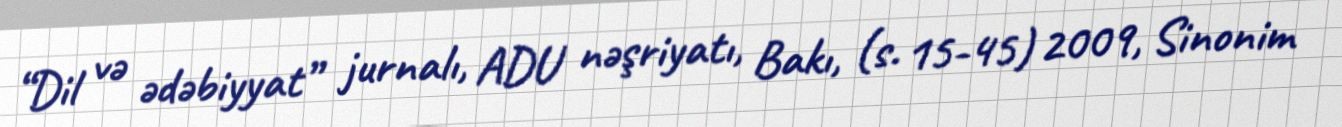
“Dil və ədəbiyyat” jurnalı, ADU nəşriyatı, Bakı, (s. 15-45) 2009, Sinonim